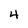
Character: 4